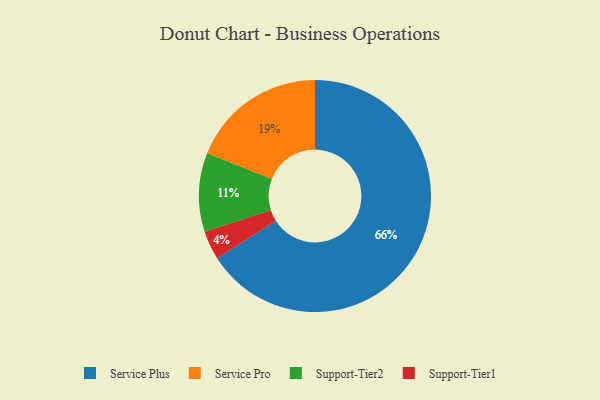
{"axis": {"x": "Category", "y": "Percentage"}, "legend": ["Service Plus", "Service Pro", "Support-Tier1", "Support-Tier2"], "data": [{"x": "Service Plus", "y": 66, "type": "Service Plus"}, {"x": "Support-Tier2", "y": 11, "type": "Support-Tier2"}, {"x": "Service Pro", "y": 19, "type": "Service Pro"}, {"x": "Support-Tier1", "y": 4, "type": "Support-Tier1"}]}